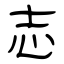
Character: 志